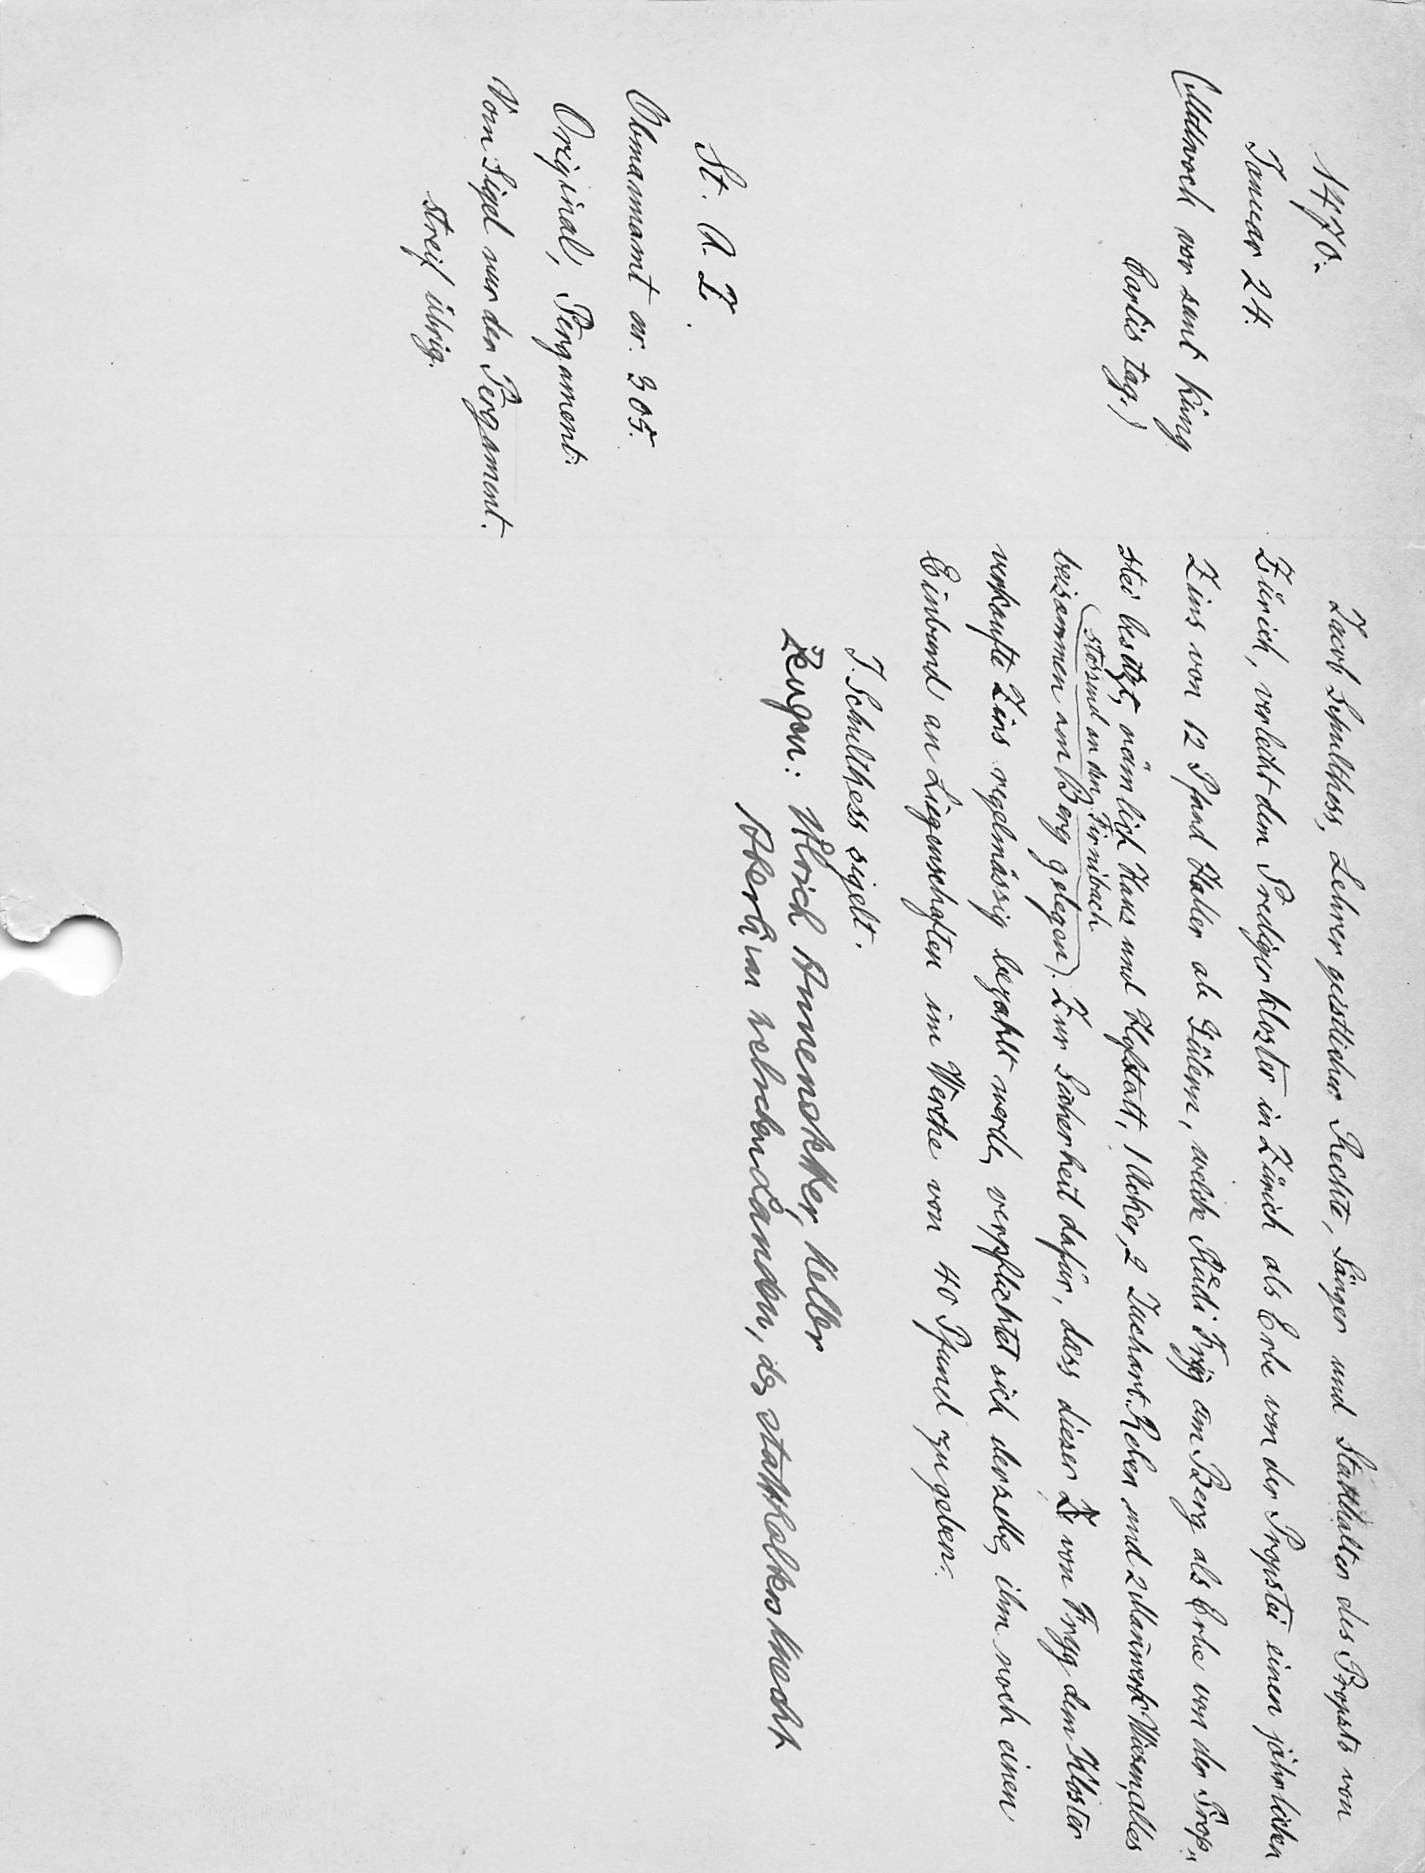
Jacob Schulthess, Lehrer geistlicher Rechte, Sänger und Statthalter des Propsts von
Zürich, verleiht dem Predigerkloster in Zürich als Erbe von der Propstei einen jährlichen
Zins von 12 Pfand Haller ab Gütern, welche Ruͤdi Frigg am Berg als Erbe von der Prop¬
stei besitzt, nämlich Haus und Hoftatt, 1 Acker, 2 Juchart Reben und 2 Mannwerk Wiesen, alles
stossend an den Firnibach.
beisammen am Berg gelegen. Zur Sicherheit dafür, dass dieser Z von Frigg dem Kloster
verkaufte Zins regelmässig bezahlt werde, verpflichtet sich derselbe, ihm noch einen
Einband an Liegenschaften im Werthe von 40 Pfund zu geben.
J. Schultheis sigelt.
Zeugen: Uͦlrich Annenstetter, Keller
Aberli von welchen Landen, des statthalters Knecht

1470.
Januar 24.
Mittwoch vor sant Küng
Carlis tag.)
St. A. Z.
Obmannamt nr. 305.
Original, Pergament.
Vom Sigel nur der Pergament¬
streif übrig.